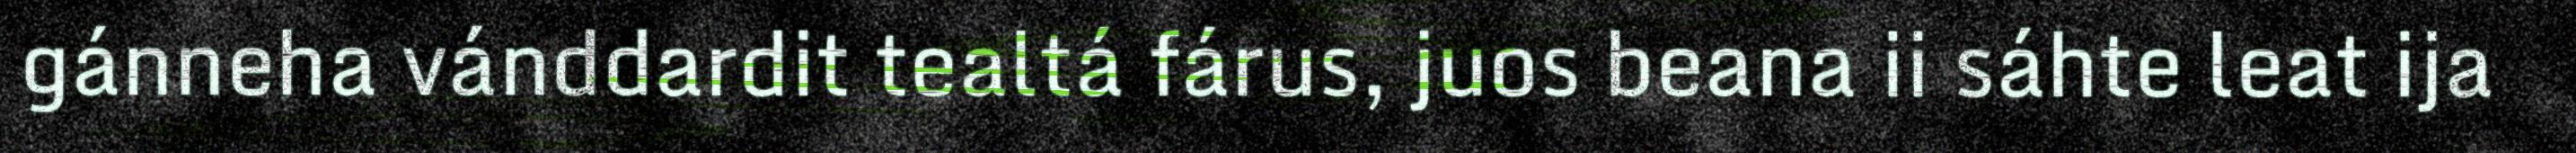
gánneha vánddardit tealtá fárus, juos beana ii sáhte leat ija